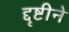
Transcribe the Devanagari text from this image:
द्दृष्टीने